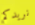
نريدكم